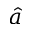
\hat { a }